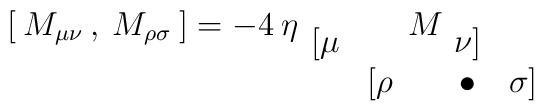
[\: M_{\mu \nu }\: ,\: M_{\rho \sigma }\: ]=-4\: \eta _{\begin{array}{cc}[\mu  & \\ & [\rho \end{array}}M_{\begin{array}{cc}\nu ] & \\\bullet  & \sigma ]\end{array}}